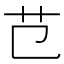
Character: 𦫾